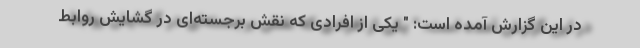
در این گزارش آمده است: " یکی از افرادی که نقش برجسته‌ای در گشایش روابط